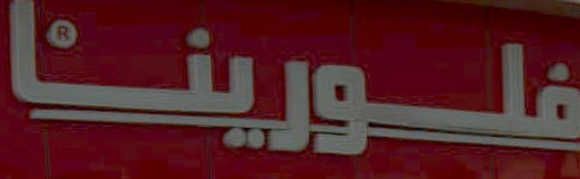
فلورينا